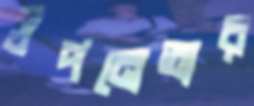
উপনেতার